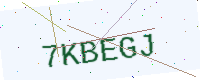
Text: 7KBEGJ